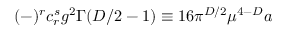
( - ) ^ { r } c _ { r } ^ { s } g ^ { 2 } \Gamma ( D / 2 - 1 ) \equiv 1 6 \pi ^ { D / 2 } \mu ^ { 4 - D } a